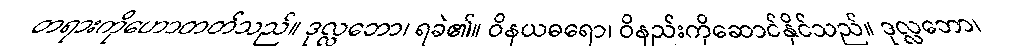
တရားကိုဟောတတ်သည်။ ဒုလ္လဘော၊ ရခဲ၏။ ဝိနယဓရော၊ ဝိနည်းကိုဆောင်နိုင်သည်။ ဒုလ္လဘော၊